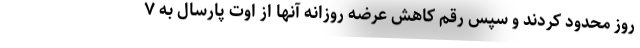
روز محدود کردند و سپس رقم کاهش عرضه روزانه آنها از اوت پارسال به ۷